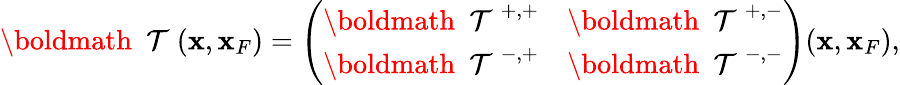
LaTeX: \begin{array}{r}{{{{\mathrm{\boldmath~{\cal~T}~}}}}({\mathbf x},{\mathbf x}_{F})=\left(\begin{array}{ll}{{{{\mathrm{\boldmath~{\cal~T}~}}}}^{+,+}}&{{{{\mathrm{\boldmath~{\cal~T}~}}}}^{+,-}}\\ {{{{\mathrm{\boldmath~{\cal~T}~}}}}^{-,+}}&{{{{\mathrm{\boldmath~{\cal~T}~}}}}^{-,-}}\end{array}\right)({\mathbf x},{\mathbf x}_{F}),}\end{array}